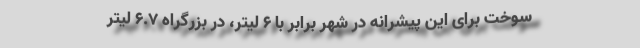
سوخت برای این پیشرانه در شهر برابر با 6 لیتر، در بزرگراه 6.7 لیتر